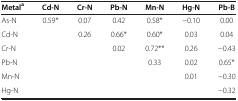
<table><thead><tr><td><b>Metal<sup>a</sup></b></td><td><b>Cd-N</b></td><td><b>Cr-N</b></td><td><b>Pb-N</b></td><td><b>Mn-N</b></td><td><b>Hg-N</b></td><td><b>Pb-B</b></td></tr></thead><tbody><tr><td>As-N</td><td>0.59*</td><td>0.07</td><td>0.42</td><td>0.58*</td><td>−0.10</td><td>0.00</td></tr><tr><td>Cd-N</td><td> </td><td>0.26</td><td>0.66*</td><td>0.60*</td><td>0.03</td><td>0.04</td></tr><tr><td>Cr-N</td><td> </td><td> </td><td>0.02</td><td>0.72**</td><td>0.26</td><td>−0.43</td></tr><tr><td>Pb-N</td><td> </td><td> </td><td> </td><td>0.33</td><td>0.02</td><td>0.65*</td></tr><tr><td>Mn-N</td><td> </td><td> </td><td> </td><td> </td><td>0.01</td><td>−0.30</td></tr><tr><td>Hg-N</td><td> </td><td> </td><td> </td><td> </td><td> </td><td>−0.32</td></tr></tbody></table>